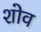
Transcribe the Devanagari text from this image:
शोव